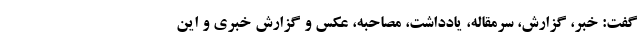
گفت: خبر، گزارش، سرمقاله، یادداشت، مصاحبه، عکس و گزارش خبری و این